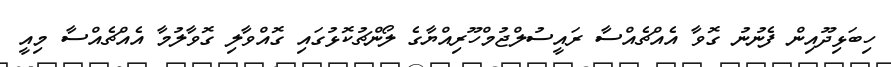
ހިބަޅިދޫއިން ފެނުނު ގޮވާ އެއްޗެއްސާ ރައީސުލްޖުމްހޫރިއްޔާގެ ލޯންޗުކޮޅުގައި ގޮއްވާލި ގޮވާލުމާ އެއްޗެއްސާ މިއީ